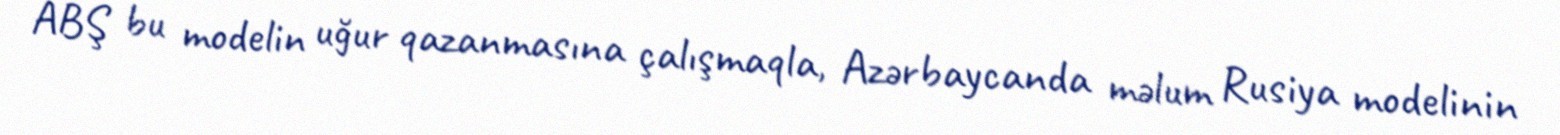
ABŞ bu modelin uğur qazanmasına çalışmaqla, Azərbaycanda məlum Rusiya modelinin